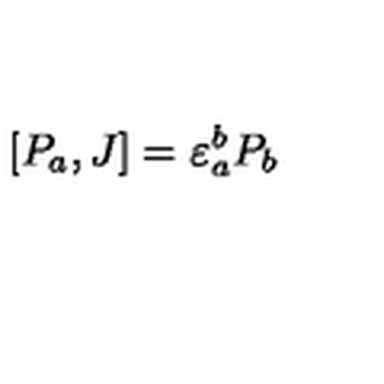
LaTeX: [ P _ { a } , J ] = \varepsilon _ { a } ^ { b } P _ { b }